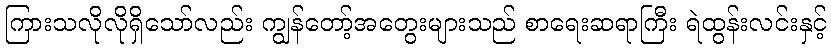
ကြားသလိုလိုရှိသော်လည်း ကျွန်တော့်အတွေးများသည် စာရေးဆရာကြီး ရဲထွန်းလင်းနှင့်